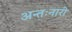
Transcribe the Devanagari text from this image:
अन्तःनारी